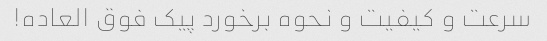
سرعت و کیفیت و نحوه برخورد پیک فوق العاده!